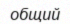
общий